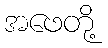
အဖေတို့